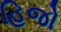
હિજો